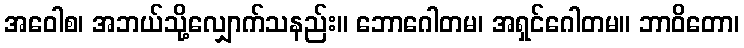
အဝေါစ၊ အဘယ်သို့လျှောက်သနည်း။ ဘောဂေါတမ၊ အရှင်ဂေါတမ။ ဘာဝိတော၊